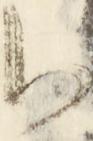
御